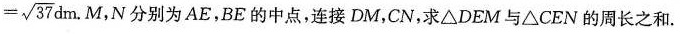
= \sqrt { 3 7 } d m$$,M,N 分别为AE，BE的中点，连接DM，CN，求△DEM与△CEN的周长之和。